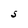
Character: S